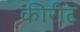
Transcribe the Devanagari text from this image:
कीरीट